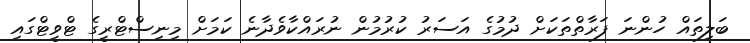
ބަލިތައް ހުންނަ ފަރާތްތަކަށް ދުމުގެ އަސަރު ކުރުމުން ނުރައްކާވެދާނެ ކަމަށް މިނިސްޓްރީގެ ޓްވީޓްގައި